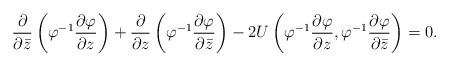
LaTeX: \begin{align*}\frac{\partial}{\partial\bar z}\left(\varphi^{-1}\frac{\partial\varphi}{\partial z}\right)+\frac{\partial}{\partial z}\left(\varphi^{-1}\frac{\partial\varphi}{\partial\bar z}\right)-2U\left(\varphi^{-1}\frac{\partial\varphi}{\partial z},\varphi^{-1}\frac{\partial\varphi}{\partial\bar z}\right)=0.\end{align*}